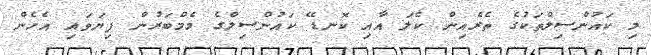
މި ކައުންސިލްތަކުގެ ތެރެއިން ކެލަ އާއި ކޮނޑޭ ކައުންސިލްގެ މެމްބަރުން ފިޔަވައި އެހެން